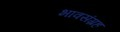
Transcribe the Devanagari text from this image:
भावसंग्रह